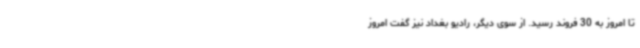
تا امروز به 30 فروند رسید. از سوی دیگر، رادیو بغداد نیز گفت امروز